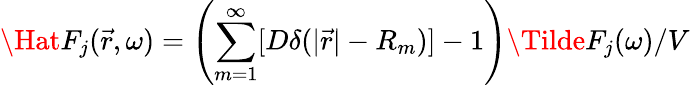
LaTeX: \Hat{F}_{j}(\vec{r},\omega)=\left(\sum_{m=1}^{\infty}[D\delta(\vert\vec{r}\vert-R_{m})]-1\right)\Tilde{F}_{j}(\omega)/V